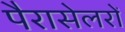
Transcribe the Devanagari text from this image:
पैरासेलरों